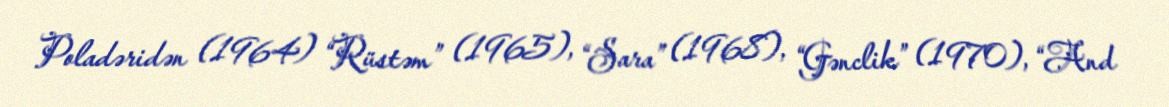
Poladəridən (1964) “Rüstəm” (1965), “Sara” (1968), “Gənclik” (1970), “And